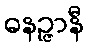
ဓနဉ္ဇာနီ